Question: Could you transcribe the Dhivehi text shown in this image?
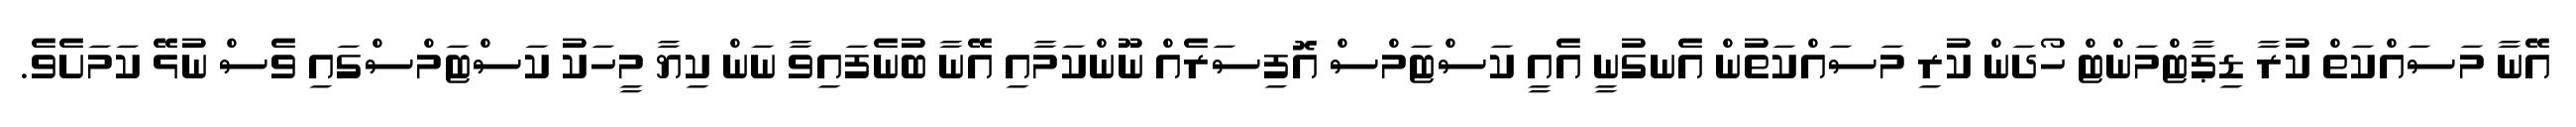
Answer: އޭނާ މަސައްކަތް ކުރާ ޑިޕާޓްމަންޓް ހޯދަން ކުރި މަސައްކަތުން އެނގުނީ އެއީ ކަސްޓަމްސް އޮފިސަރެއް ނޫންކަމާއި އޭނާ ބުނެފައިވާ ނަން ކިޔާ މީހަކު ކަސްޓަމްސްގައި ވެސް ނުޅޭ ކަމަށެވެ.